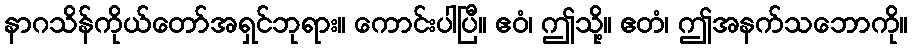
နာဂသိန်ကိုယ်တော်အရှင်ဘုရား။ ကောင်းပါပြီ။ ဧဝံ၊ ဤသို့။ ဧတံ၊ ဤအနက်သဘောကို။